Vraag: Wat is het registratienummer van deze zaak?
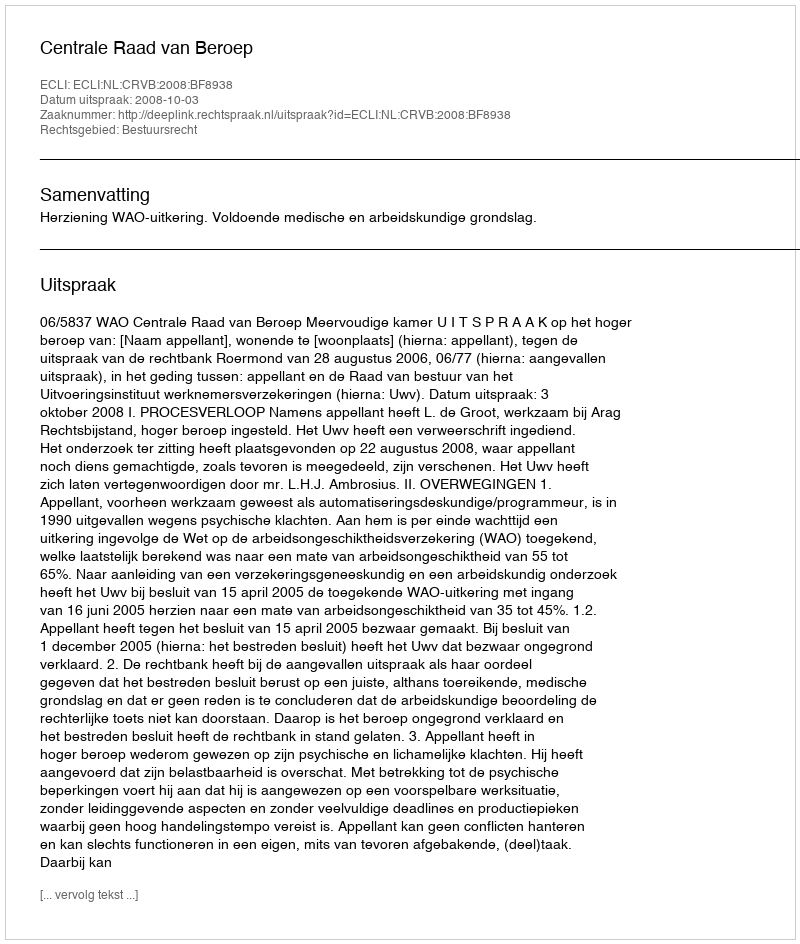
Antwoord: http://deeplink.rechtspraak.nl/uitspraak?id=ECLI:NL:CRVB:2008:BF8938